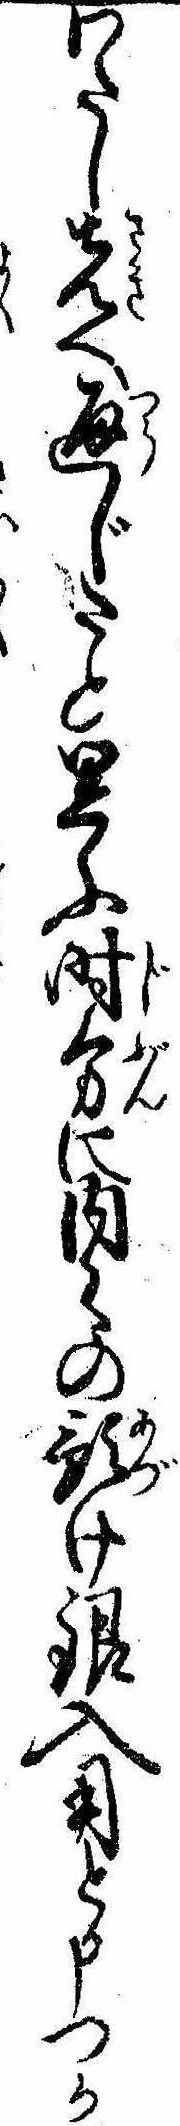
わたし先へ通じたと思ふ時分に内の預け銀入用と申つか